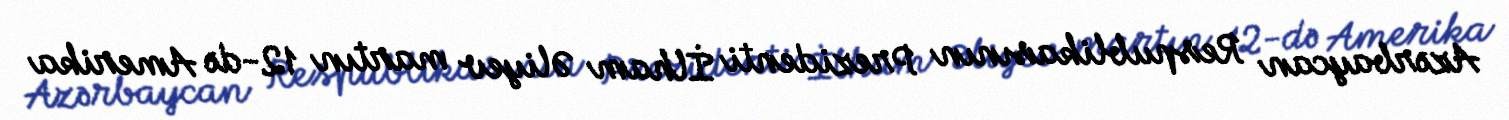
Azərbaycan Respublikasının Prezidenti İlham Əliyev martın 12-də Amerika